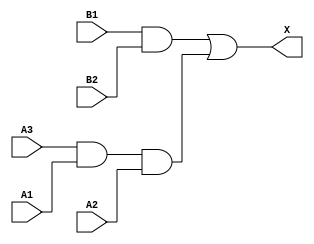
module sky130_fd_sc_hd__a32o (
    X ,
    A1,
    A2,
    A3,
    B1,
    B2
);

    // Module ports
    output X ;
    input  A1;
    input  A2;
    input  A3;
    input  B1;
    input  B2;

    // Module supplies
    supply1 VPWR;
    supply0 VGND;
    supply1 VPB ;
    supply0 VNB ;

    // Local signals
    wire and0_out ;
    wire and1_out ;
    wire or0_out_X;

    //  Name  Output     Other arguments
    and and0 (and0_out , A3, A1, A2        );
    and and1 (and1_out , B1, B2            );
    or  or0  (or0_out_X, and1_out, and0_out);
    buf buf0 (X        , or0_out_X         );

endmodule